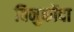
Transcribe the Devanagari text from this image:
विनुकोंदा